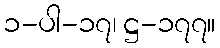
၁-ပါ-၁၇၊ ဋ္ဌ-၁၇၇။